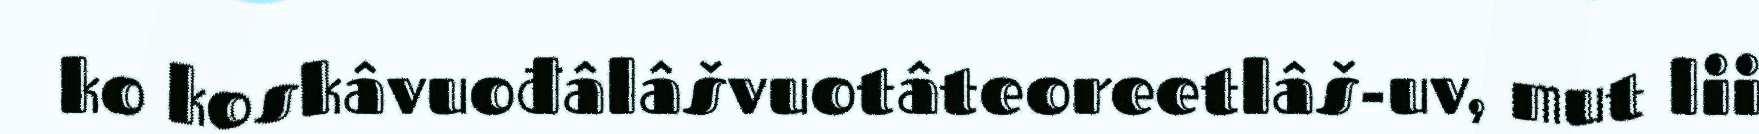
ko koskâvuođâlâšvuotâteoreetlâš-uv, mut lii